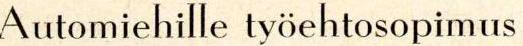
Automiehille työehtosopimus